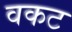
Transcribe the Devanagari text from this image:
वकट